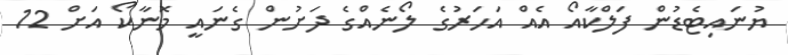
ޔުނައިޓެޑުން ފަލްކާއޯ އެއް އަހަރުގެ ލޯނެއްގެ ދަށުން ގެނައީ މޮނާކޯ އަށް 12